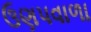
ઉણપવાળા